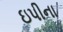
ઇપીના